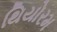
થિયોરમ